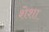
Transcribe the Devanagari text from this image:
शेशा